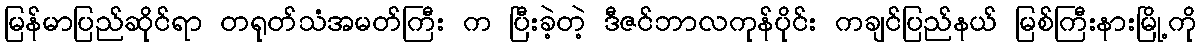
မြန်မာပြည်ဆိုင်ရာ တရုတ်သံအမတ်ကြီး က ပြီးခဲ့တဲ့ ဒီဇင်ဘာလကုန်ပိုင်း ကချင်ပြည်နယ် မြစ်ကြီးနားမြို့ကို